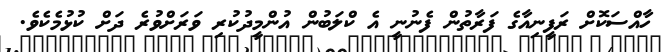
ހާއްސަކޮށް ރަފީނިއާގެ ފަރާތުން ފެނުނީ އެ ކްލަބުން އުންމީދުކުރި ވަރަށްވުރެ ދަށް ކުޅުމެކެވެ.